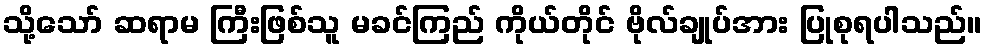
သို့သော် ဆရာမ ကြီးဖြစ်သူ မခင်ကြည် ကိုယ်တိုင် ဗိုလ်ချုပ်အား ပြုစုရပါသည်။